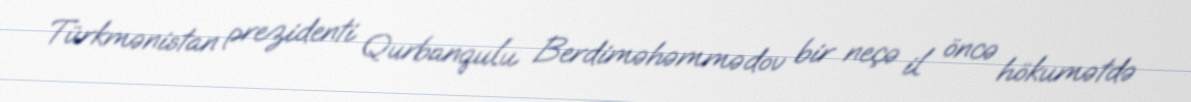
Türkmənistan prezidenti Qurbanqulu Berdiməhəmmədov bir neçə il öncə hökumətdə